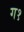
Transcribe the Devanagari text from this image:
ग१